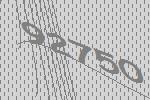
92750